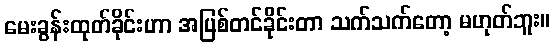
မေးခွန်းထုတ်ခိုင်းဟာ အပြစ်တင်ခိုင်းတာ သက်သက်တော့ မဟုတ်ဘူး။